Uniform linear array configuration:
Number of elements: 16
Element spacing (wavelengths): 0.25
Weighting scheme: blackman
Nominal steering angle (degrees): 60
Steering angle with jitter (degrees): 58.031
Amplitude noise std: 0.05
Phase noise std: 0.05

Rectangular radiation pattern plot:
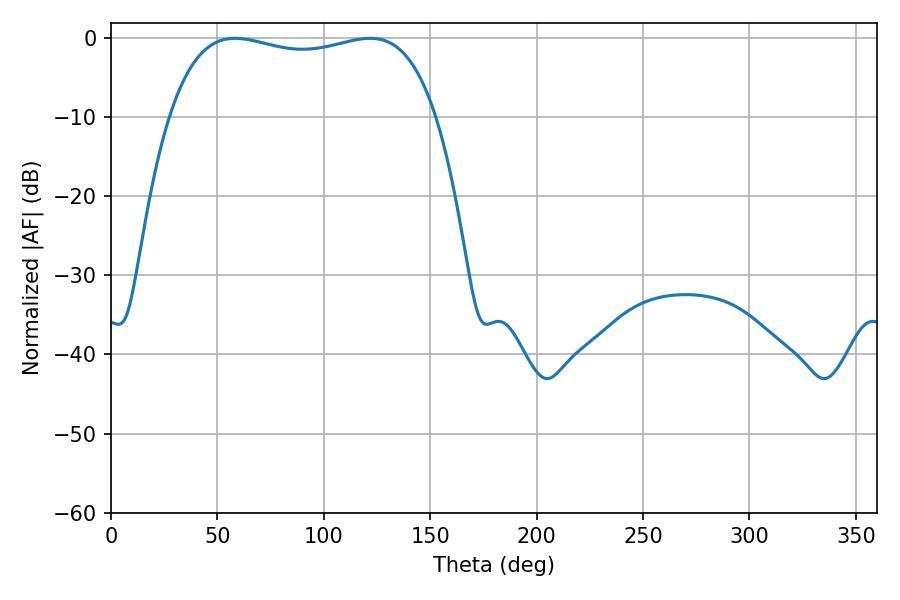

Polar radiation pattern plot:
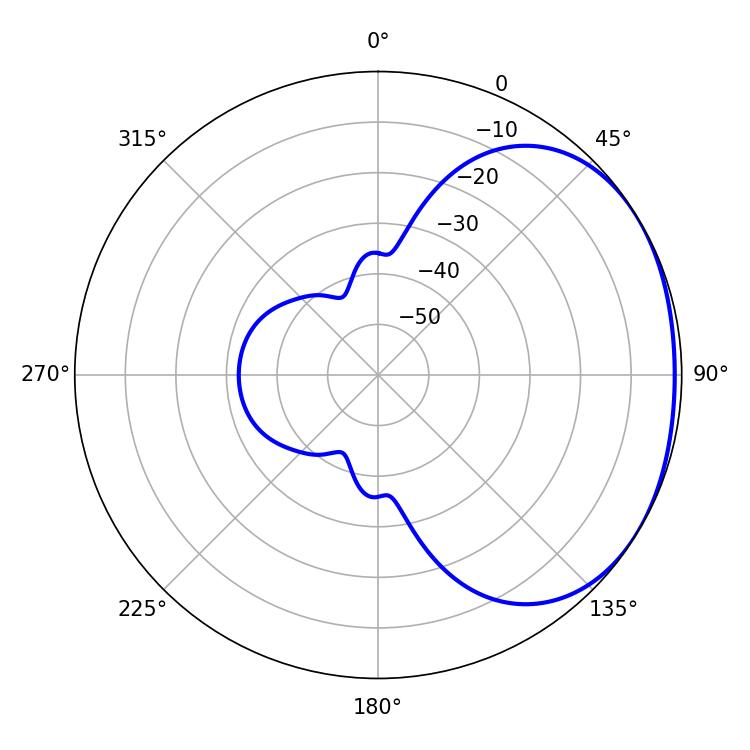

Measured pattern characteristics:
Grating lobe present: FALSE
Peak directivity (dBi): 1.613
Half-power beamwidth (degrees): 101.52
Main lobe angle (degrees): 58.32